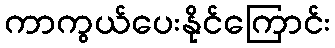
ကာကွယ်ပေးနိုင်ကြောင်း